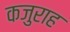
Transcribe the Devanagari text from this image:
कजुराह